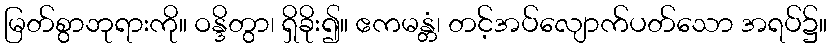
မြတ်စွာဘုရားကို။ ဝန္ဒိတွာ၊ ရှိခိုး၍။ ဧကမန္တံ၊ တင့်အပ်လျောက်ပတ်သော အရပ်၌။